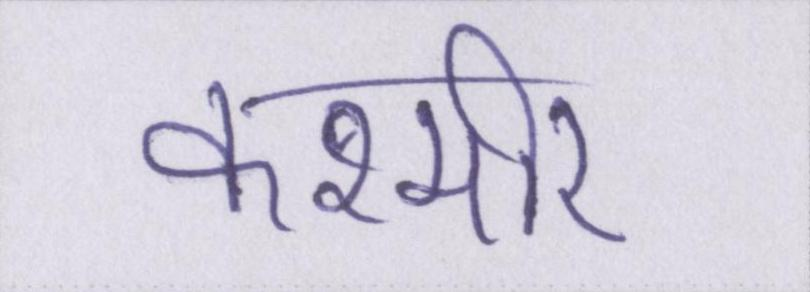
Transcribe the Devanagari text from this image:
कश्मीर